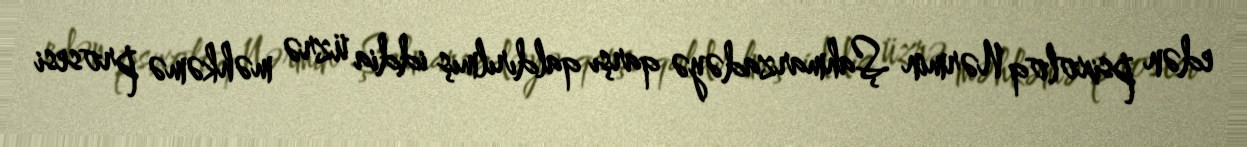
edən psixoloq Nərmin Şahmarzadəyə qarşı qaldırılmış iddia üzrə məhkəmə prosesi